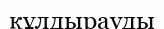
құлдырауды